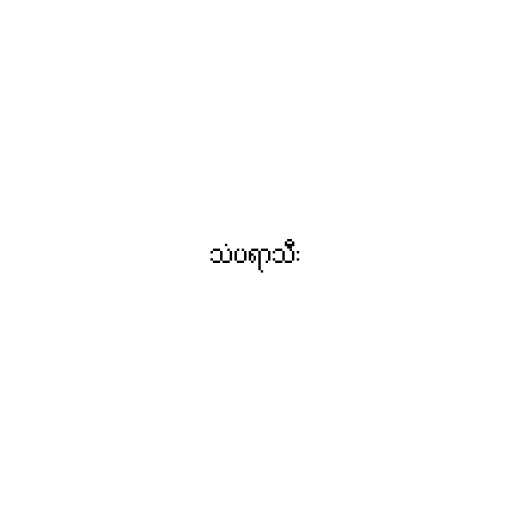
သံပရာသီး